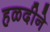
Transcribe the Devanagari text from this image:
हळदीने